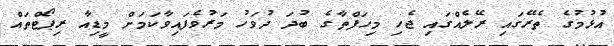
އުޅުމުގެ ތެރޭގައި ރޭލެއްގައި ޖެހި މިހަފްތާގެ ބުދަ ދުވަހު މަރުވެފައިވާކަމަށް މީޑިއާ ރިޕޯޓްތައް